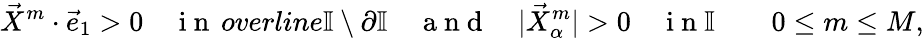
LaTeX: \vec{X}^{m}\cdot\vec{e}_{1}>0\quad\mathrm{~i~n~}\, overline{\mathbb{I}}\setminus\partial\mathbb{I}\quad\mathrm{~a~n~d~}\quad|\vec{X}_{\alpha}^{m}|>0\quad\mathrm{~i~n~}\mathbb{I}\qquad 0\leq m\leq M,